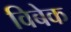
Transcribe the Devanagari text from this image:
विबेक